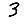
Digit: 3